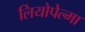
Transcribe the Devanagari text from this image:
लियोपेल्मा